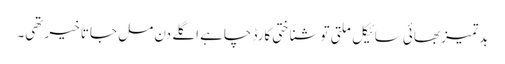
بدتمیز بھائی سائیکل ملتی تو شناختی کارڈ چاہے اگلے دن مل جاتا خیر تھی۔